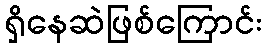
ရှိနေဆဲဖြစ်ကြောင်း